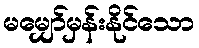
မမျှော်မှန်းနိုင်သော